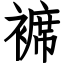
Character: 褯